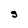
Character: s